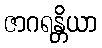
ဇာဂရန္တိယာ